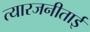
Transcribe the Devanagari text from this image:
त्यारजनीताई